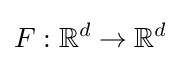
F:\mathbb {R} ^{d}\rightarrow \mathbb {R} ^{d}